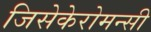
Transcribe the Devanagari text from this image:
जिसेकेरोमन्सी